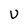
Character: U